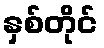
နှစ်တိုင်